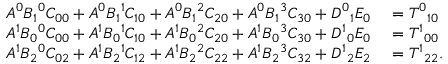
\begin{array} { r l } { A ^ { 0 } B _ { 1 } { } ^ { 0 } C _ { 0 0 } + A ^ { 0 } B _ { 1 } { } ^ { 1 } C _ { 1 0 } + A ^ { 0 } B _ { 1 } { } ^ { 2 } C _ { 2 0 } + A ^ { 0 } B _ { 1 } { } ^ { 3 } C _ { 3 0 } + D ^ { 0 } { } _ { 1 } { } E _ { 0 } } & { { } = T ^ { 0 } { } _ { 1 } { } _ { 0 } } \\ { A ^ { 1 } B _ { 0 } { } ^ { 0 } C _ { 0 0 } + A ^ { 1 } B _ { 0 } { } ^ { 1 } C _ { 1 0 } + A ^ { 1 } B _ { 0 } { } ^ { 2 } C _ { 2 0 } + A ^ { 1 } B _ { 0 } { } ^ { 3 } C _ { 3 0 } + D ^ { 1 } { } _ { 0 } { } E _ { 0 } } & { { } = T ^ { 1 } { } _ { 0 } { } _ { 0 } } \\ { A ^ { 1 } B _ { 2 } { } ^ { 0 } C _ { 0 2 } + A ^ { 1 } B _ { 2 } { } ^ { 1 } C _ { 1 2 } + A ^ { 1 } B _ { 2 } { } ^ { 2 } C _ { 2 2 } + A ^ { 1 } B _ { 2 } { } ^ { 3 } C _ { 3 2 } + D ^ { 1 } { } _ { 2 } { } E _ { 2 } } & { { } = T ^ { 1 } { } _ { 2 } { } _ { 2 } . } \end{array}